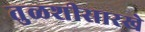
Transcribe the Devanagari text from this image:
तुळशीसारखे